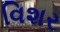
વિશર